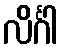
လိင်္ဂါ